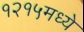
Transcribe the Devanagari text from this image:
१२१५मध्ये